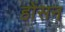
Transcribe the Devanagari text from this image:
होंसन